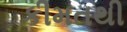
કીમતથી